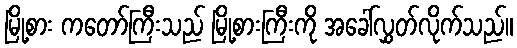
မြို့စား ကတော်ကြီးသည် မြို့စားကြီးကို အခေါ်လွှတ်လိုက်သည်။